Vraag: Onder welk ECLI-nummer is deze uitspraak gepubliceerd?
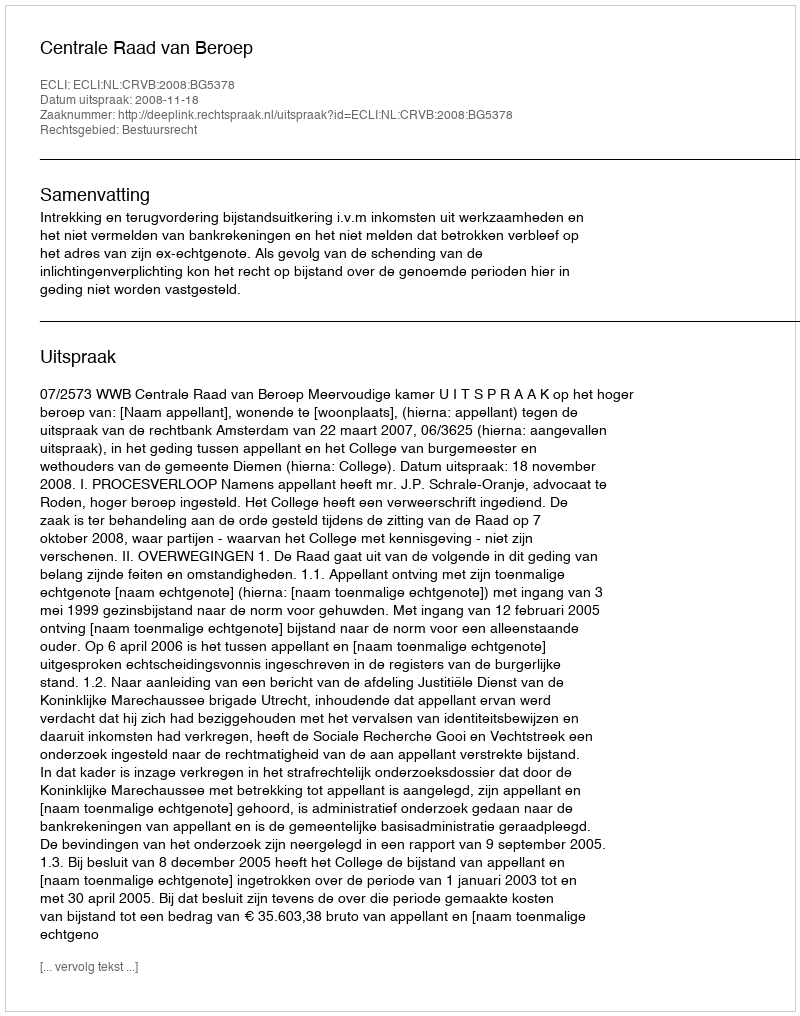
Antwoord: ECLI:NL:CRVB:2008:BG5378